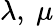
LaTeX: \lambda,\ \mu